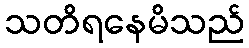
သတိရနေမိသည်